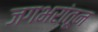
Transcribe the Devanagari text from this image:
जगभरांतून